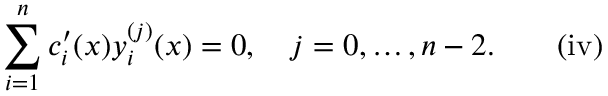
\sum _ { i = 1 } ^ { n } c _ { i } ^ { \prime } ( x ) y _ { i } ^ { ( j ) } ( x ) = 0 , \quad j = 0 , \ldots , n - 2 . \quad \quad \mathrm { { ( i v ) } }